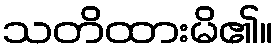
သတိထားမိ၏။